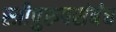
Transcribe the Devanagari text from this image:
स्त्रीपुरुषसंबंध